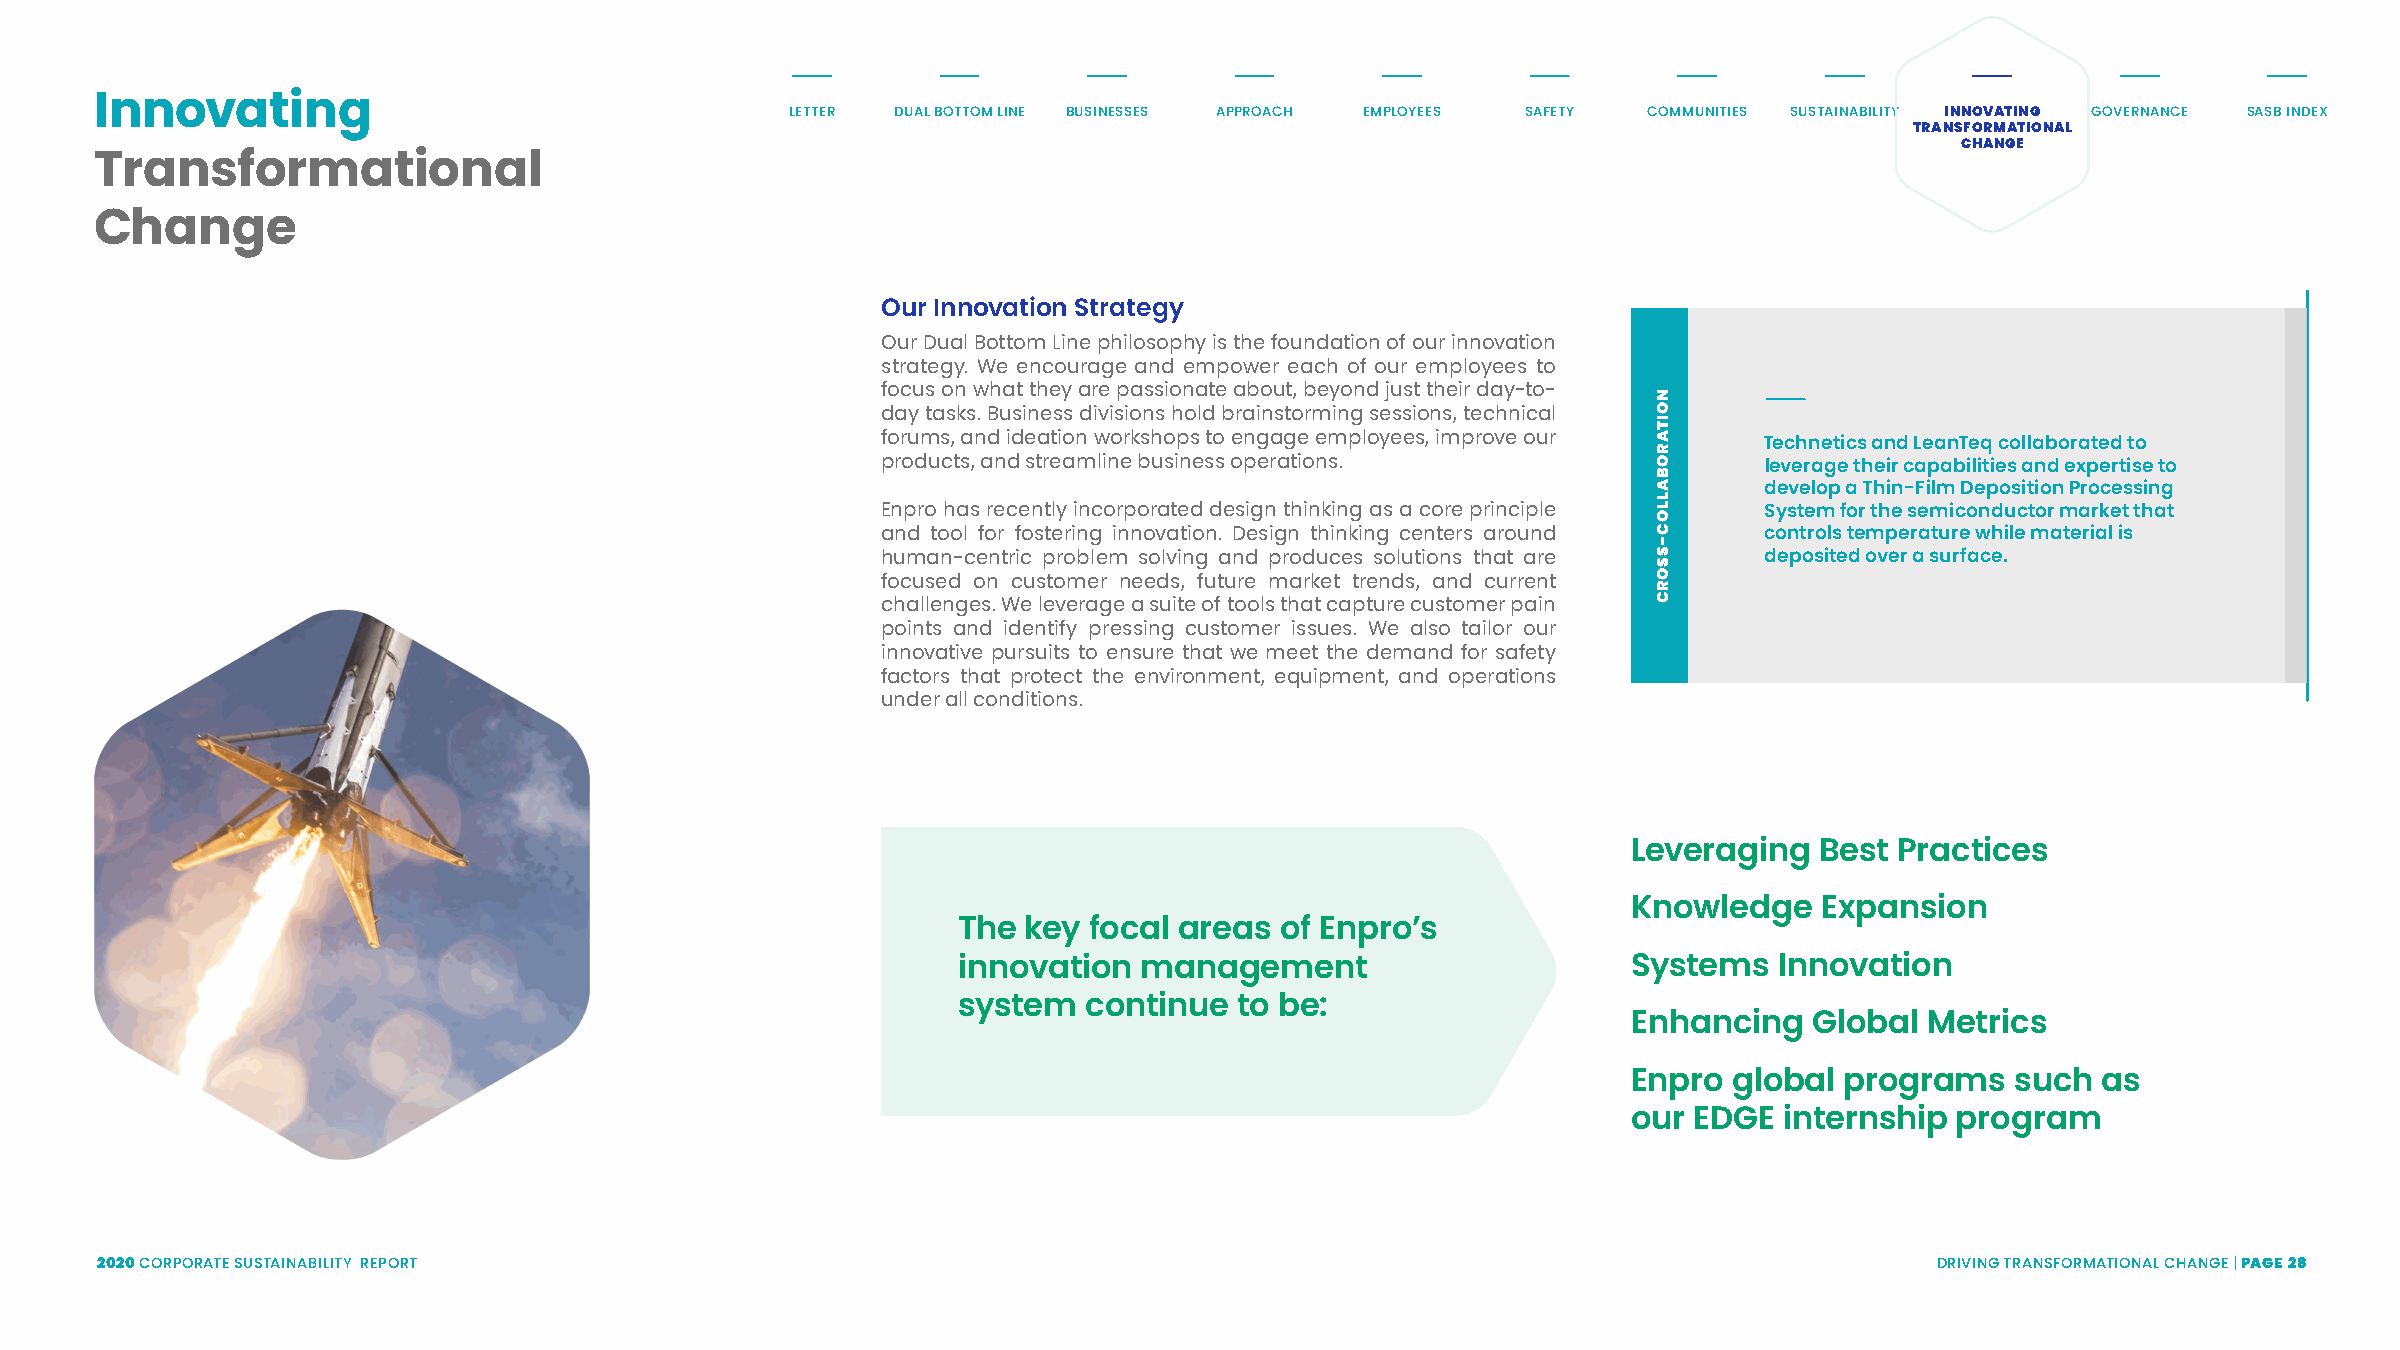
Innovating                                    LETTER DUAL BOTTOM LINE BUSINESSES APPROACH EMPLOYEES SAFETY COMMUNITIES SUSTAINABILITY INNOVATING GOVERNANCE SASB INDEX
 TRANSFORMATIONAL
 CHANGE
 Transformational
 Change
 Our Innovation Strategy
 Our Dual Bottom Line philosophy is the foundation of our innovation
 strategy. We encourage and empower each of our employees to
 focus on what they are passionate about, beyond just their day-to-
 day tasks. Business divisions hold brainstorming sessions, technical
 forums, and ideation workshops to engage employees, improve our
 Technetics and LeanTeq collaborated to
 products, and streamline business operations.              leverage their capabilities and expertise to
 develop a Thin-Film Deposition Processing
 Enpro has recently incorporated design thinking as a core principle System for the semiconductor market that
 and tool for fostering innovation. Design thinking centers around controls temperature while material is
 human-centric problem solving and produces solutions that are deposited over a surface.
 focused on customer needs, future market trends, and current
 challenges. We leverage a suite of tools that capture customer pain
 points and identify pressing customer issues. We also tailor our
 innovative pursuits to ensure that we meet the demand for safety
 factors that protect the environment, equipment, and operations
 under all conditions.
 Leveraging  Best  Practices
 Knowledge    Expansion
 The  key focal areas  of Enpro’s
 innovation   management                      Systems   Innovation
 system   continue  to be:
 Enhancing   Global  Metrics
 Enpro  global programs   such  as
 our EDGE  internship  program
 2020 CORPORATE SUSTAINABILITY REPORT                                                                                      DRIVING TRANSFORMATIONAL CHANGE | PAGE 28
 NOITAROBALLOC-SSORC